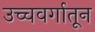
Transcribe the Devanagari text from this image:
उच्चवर्गातून